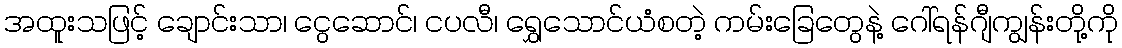
အထူးသဖြင့် ချောင်းသာ၊ ငွေဆောင်၊ ငပလီ၊ ရွှေသောင်ယံစတဲ့ ကမ်းခြေတွေနဲ့ ဂေါ်ရန်ဂျီကျွန်းတို့ကို